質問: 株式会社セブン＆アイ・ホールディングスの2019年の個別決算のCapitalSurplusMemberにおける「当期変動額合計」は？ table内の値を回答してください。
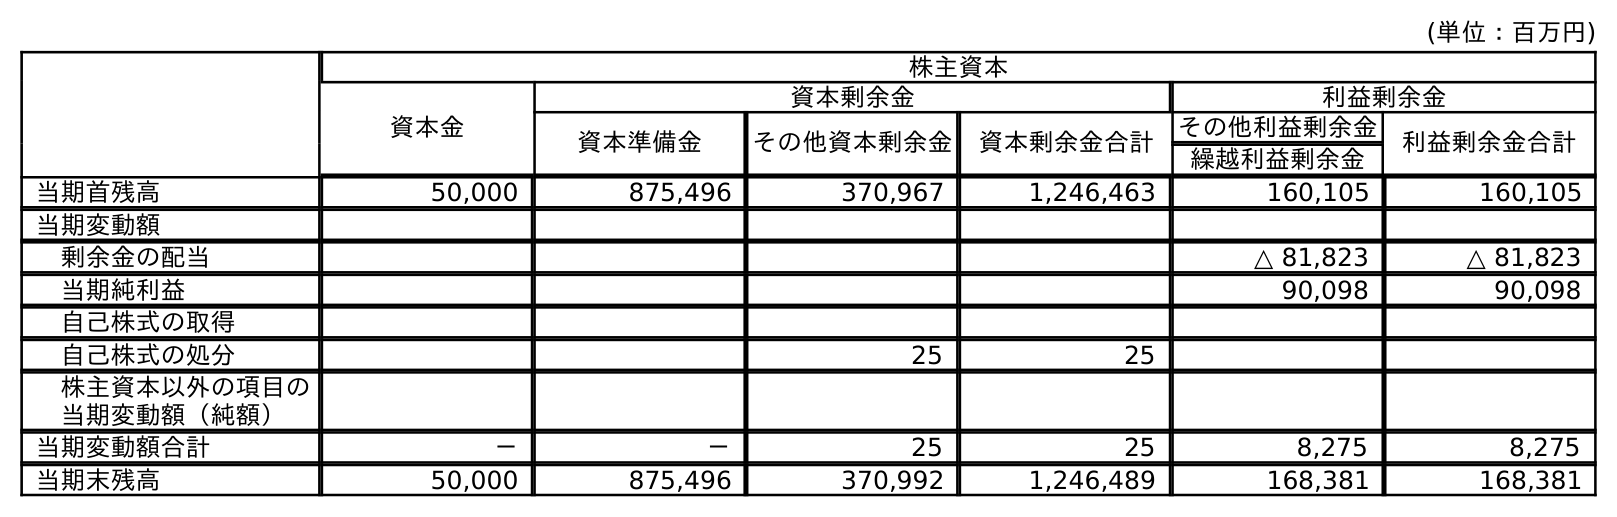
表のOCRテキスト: (単位：百万円) 株主資本 資本金 資本剰余金 利益剰余金 資本準備金 その他資本剰余金 資本剰余金合計 その他利益剰余金 利益剰余金合計 繰越利益剰余金 当期首残高 50,000 875,496 370,967 1,246,463 160,105 160,105 当期変動額 剰余金の配当 △ 81,823 △ 81,823 当期純利益 90,098 90,098 自己株式の取得 自己株式の処分 25 25 株主資本以外の項目の 当期変動額（純額） 当期変動額合計 － － 25 25 8,275 8,275 当期末残高 50,000 875,496 370,992 1,246,489 168,381 168,381
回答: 25